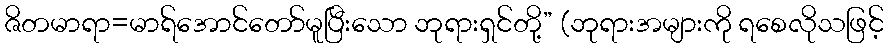
ဇိတမာရာ=မာရ်အောင်တော်မူပြီးသော ဘုရားရှင်တို့” (ဘုရားအများကို ရစေလိုသဖြင့်